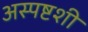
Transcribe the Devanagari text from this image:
अस्पष्टशी